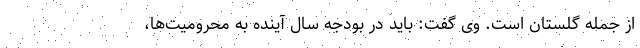
از جمله گلستان است. وی گفت: باید در بودجه سال آینده به محرومیت‌ها،